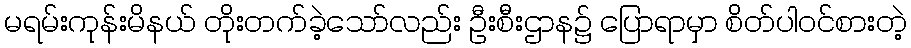
မရမ်းကုန်းမိနယ် တိုးတက်ခဲ့သော်လည်း ဦးစီးဌာန၌ ပြောရာမှာ စိတ်ပါဝင်စားတဲ့